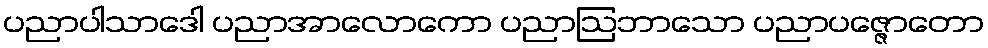
ပညာပါသာဒေါ ပညာအာလောကော ပညာဩဘာသော ပညာပဇ္ဇောတော